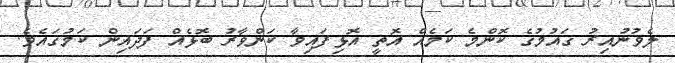
ލެވުނުއިރު ގައުމުގެ ކޮންމެ ކަމެއް އޮތީ އޮޅިފައިވާ ކަންވާރު ބޮޅެއް ފަދައިން ކަމުގައެވެ.